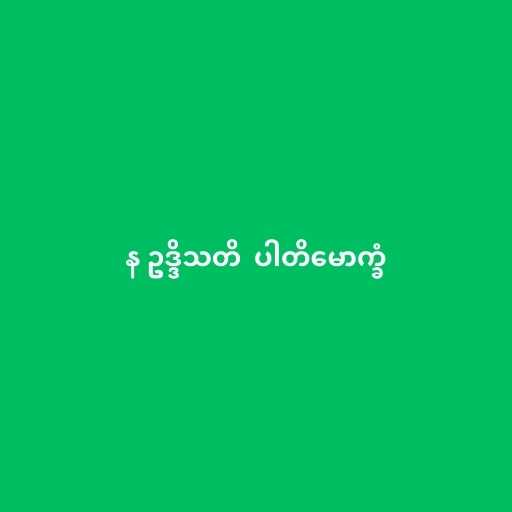
န ဥဒ္ဒိသတိ  ပါတိမောက္ခံ